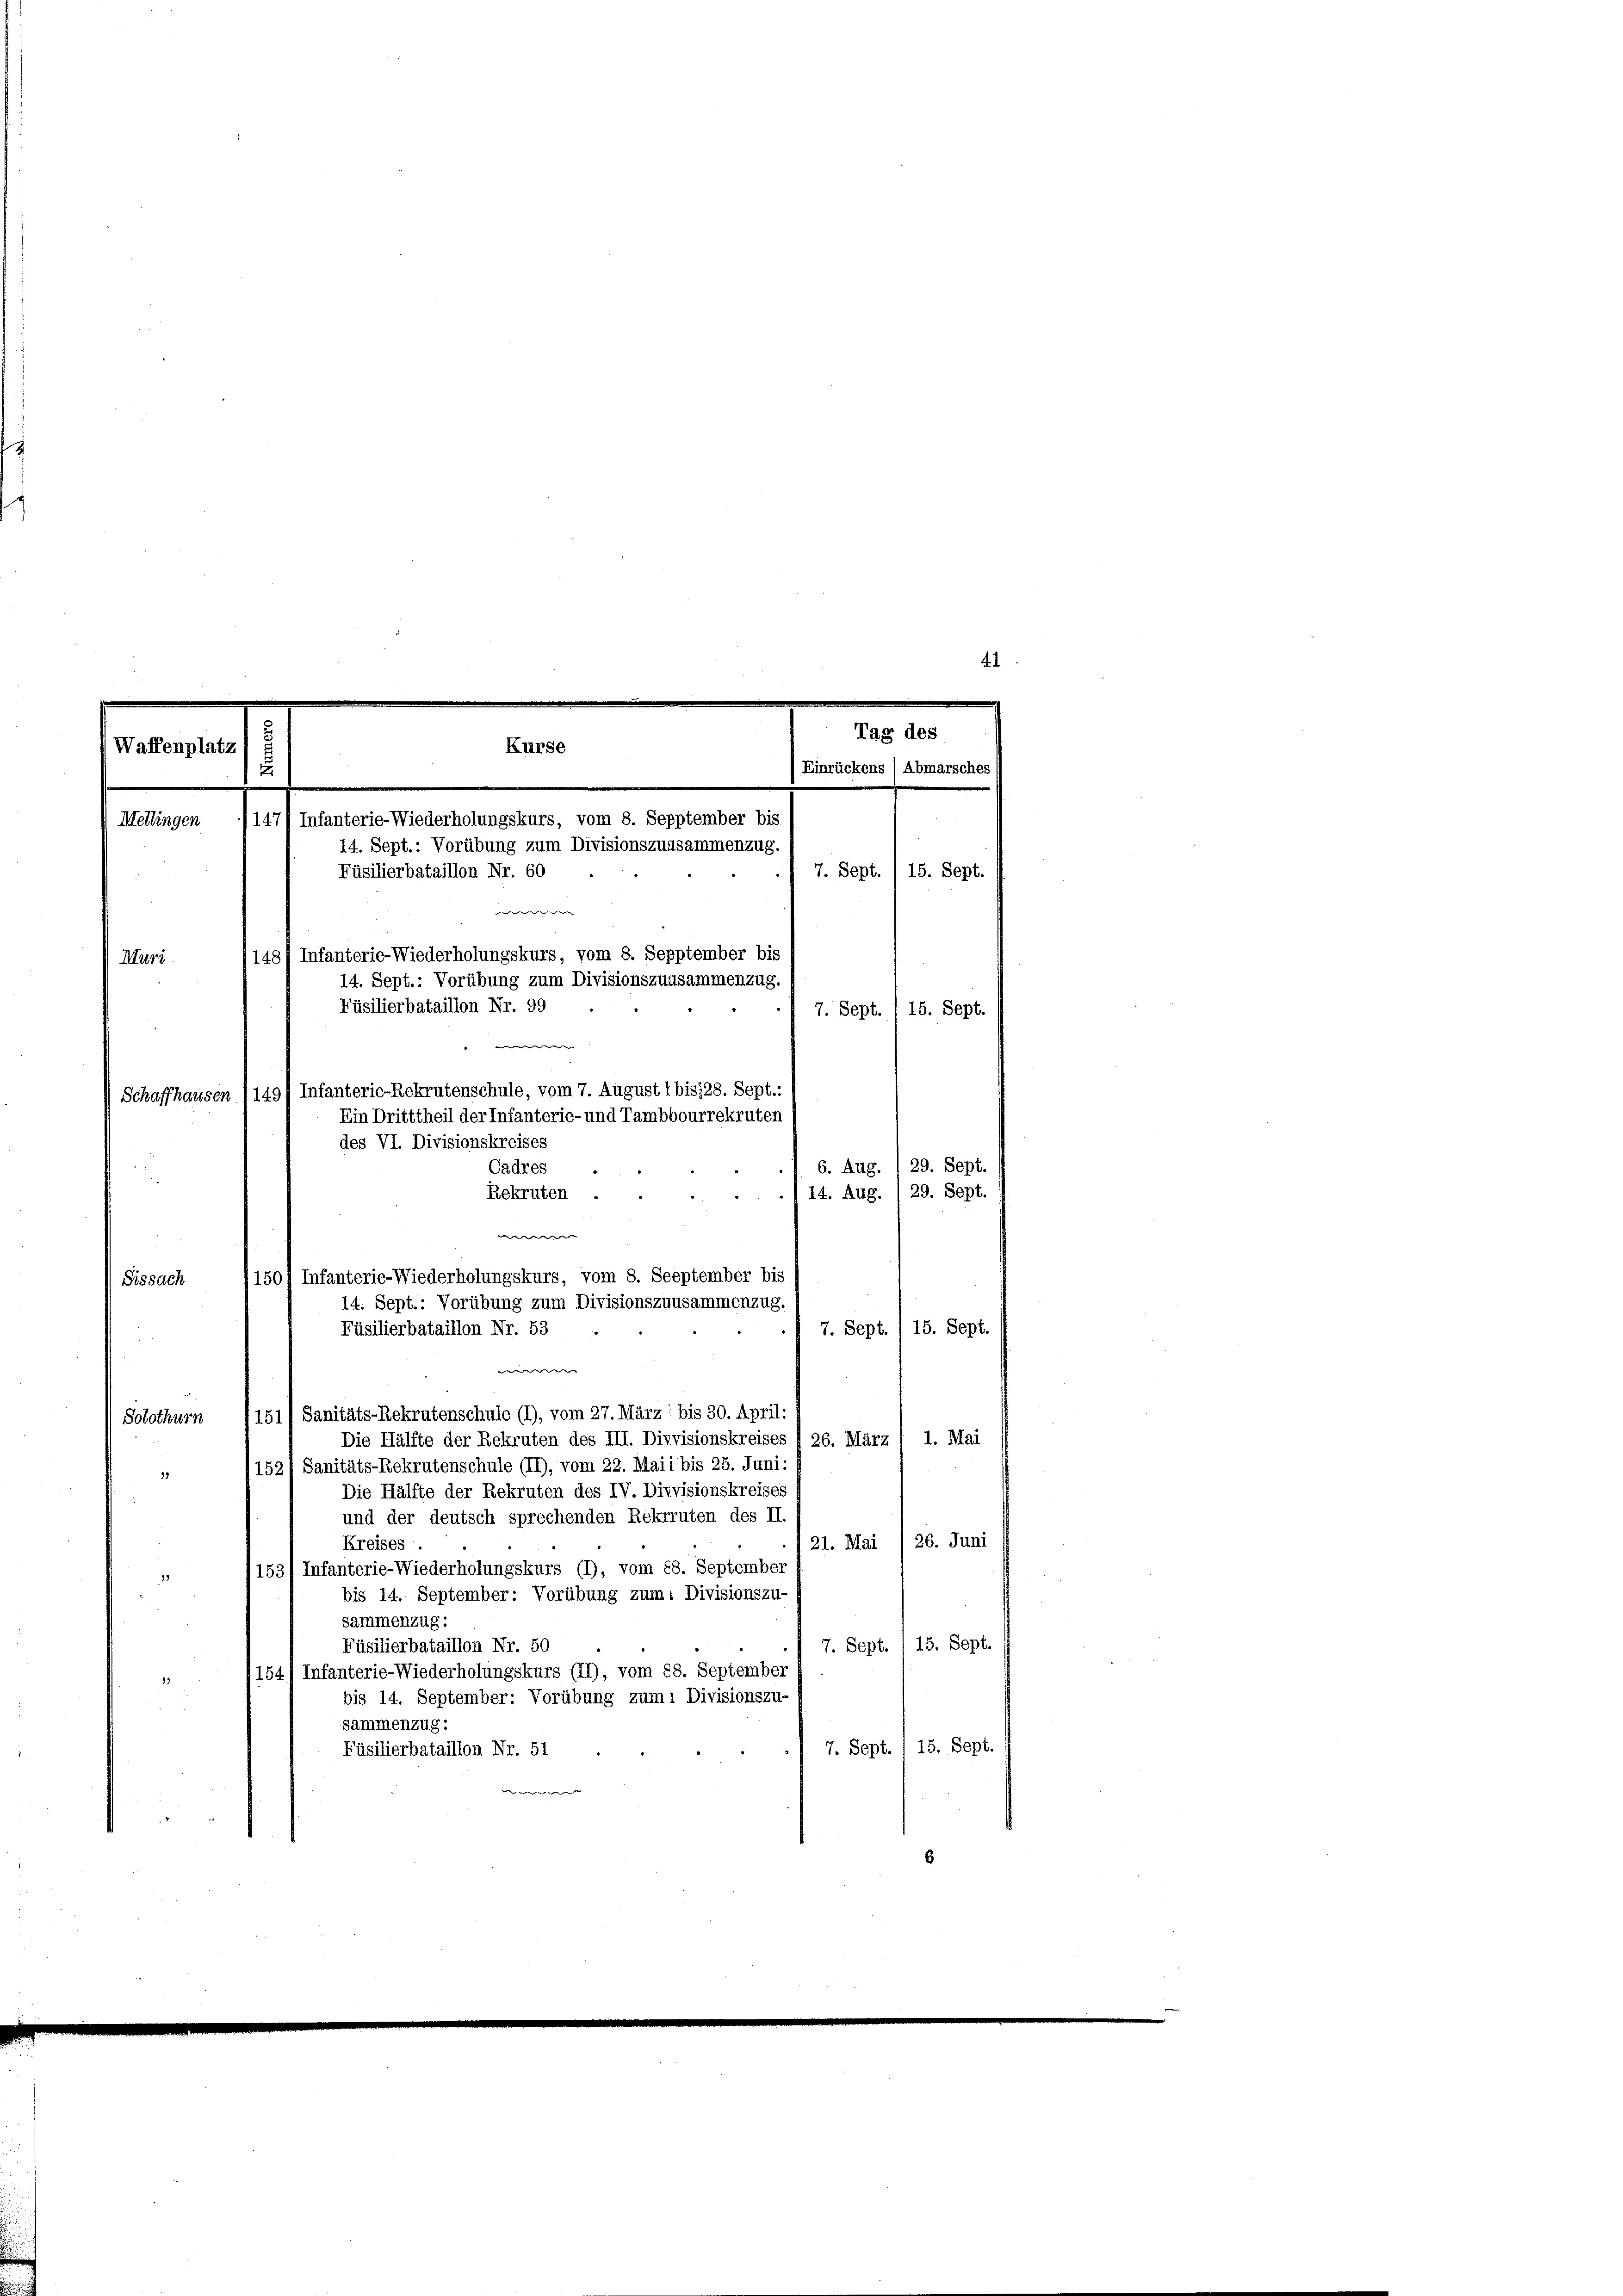
Mellingen
Füsilierbataillon Nr. 60
Muri
Füsilierbataillon Nr. 99

6. Aug. 1 29. Sept.
14. Aug. /29. Sept.
7. Sept., 15. Sept.
151/ Sanitäts-Rekrutenschule (1), vom 27. März : bis 30. April:
Die Hälfte der Rekruten des III. Dievisionskreises /26. März 1 1. Mai
152, Sanitäts-Rekrutenschule (II), vom 22. Mai i bis 25. Juni:
Die Hälfte der Rekruten des IV. Divvisionskreises
und der deutsch sprechenden Rekruten des II.
21. Mai /26. Juni
Kreises
153/ Infanterie-Wiederholungskurs (1), vom 18. September
33
bis 14. September: Vorübung zum Divisionszu-
sammenzug:
7. Sept. 1 15. Sept.
Füsilierbataillon Nr. 50
154) Infanterie-Wiederholungskurs (II), vom 28. September
88
bis 14. September: Vorübung zum Divisionszu-
sammenzug:
7. Sept. / 15. Sept. 1
Füsilierbataillon Nr. 51
e

Solothurn

Waffenplatz
Kurse
u
147/ Infanterie-Wiederholungskurs, vom 8. Sepptember bis
re
148/ Infanterie-Wiederholungskurs, vom 8. Sepptember bis
w
Schaffhausen (1491 Infanterie-Rekrutenschule, vom 7. August 1 bis 128. Sept.:
des VI. Divisionskreises
Cadres
Rekruten .
wer
1507 Infanterie-Wiederholungskurs, vom 8. Soeptember bis
Sissach
14. Sept.: Vorübung zum Divisionszuusammenzug.
Füsilierbataillon Nr. 53

w

4.
Tag des
Einrückens (Abmarsches
14. Sept.: Vorübung zum Divisionszuasammenzug.
7. Sept. (15. Sept.
14. Sept.: Vorübung zum Divisionszuusammenzug
7. Sept. 1 15. Sept.
Ein Dritttheil der Infanterie- und Tambbourrekruten